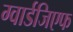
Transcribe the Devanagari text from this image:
ग्वार्डजिएफ